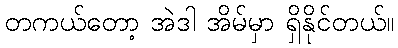
တကယ်တော့ အဲဒါ အိမ်မှာ ရှိနိုင်တယ်။